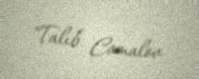
Talıb Camalov